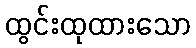
ထွင်းထုထားသော